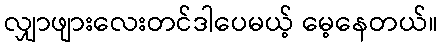
လျှာဖျားလေးတင်ဒါပေမယ့် မေ့နေတယ်။